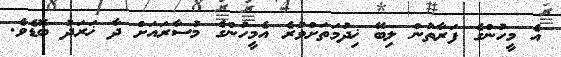
އެ މީހުންގެ ފަރާތުން ލިބޭ ޚިދުމަތަށްވުރެ އެމީހުންގެ މުސާރައަށް ދާ ޚަރަދު ބޮޑެވެ.